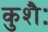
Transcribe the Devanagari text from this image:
कुशैः